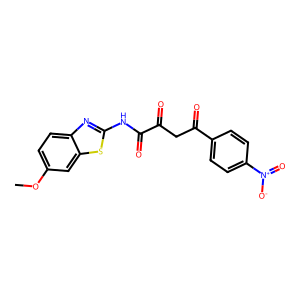
SMILES: COc1ccc2nc(NC(=O)C(=O)CC(=O)c3ccc([N+](=O)[O-])cc3)sc2c1
Inhibits HIV replication: No